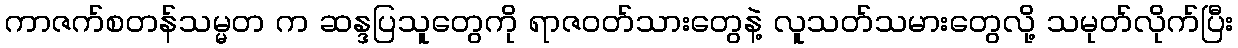
ကာဇက်စတန်သမ္မတ က ဆန္ဒပြသူတွေကို ရာဇဝတ်သားတွေနဲ့ လူသတ်သမားတွေလို့ သမုတ်လိုက်ပြီး